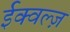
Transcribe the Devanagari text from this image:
ईक्वल्ज़